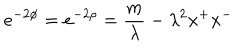
e ^ { - 2 \phi } = e ^ { - 2 \rho } = \frac { m } { \lambda } - \lambda ^ { 2 } x ^ { + } x ^ { - }